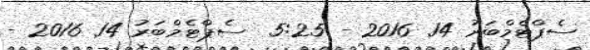
ސެޕްޓެމްބަރު 14